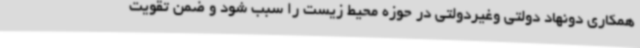
همکاری دونهاد دولتی وغیردولتی در حوزه محیط زیست را سبب شود و ضمن تقویت